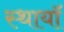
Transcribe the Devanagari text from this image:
स्थायॉ